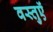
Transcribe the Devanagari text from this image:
वस्‍तुऍं